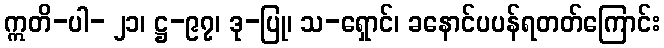
ဣတိ-ပါ- ၂၁၊ ဋ္ဌ-၉၇၊ ဒု-ပြု၊ သ-ရှောင်၊ ခနောင်ပပန်ရတတ်ကြောင်း